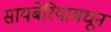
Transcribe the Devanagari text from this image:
सायबेरियामधून